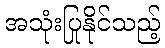
အသုံးပြုနိုင်သည့်